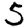
Digit: 5